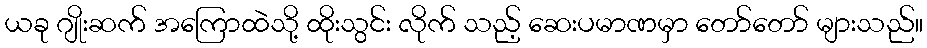
ယခု ဂျိုးဆက် အကြောထဲသို့ ထိုးသွင်း လိုက် သည့် ဆေးပမာဏမှာ တော်တော် များသည်။